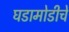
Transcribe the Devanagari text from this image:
घडामोडीचे